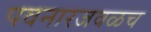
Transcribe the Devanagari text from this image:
पवनारजवळच